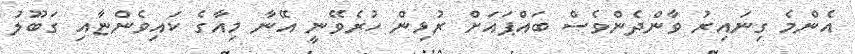
އެންމެ ގިނައިރު ވާންދެންވެސް ބައްޕައަށް ރުޅިން ހުރެވޭނީ އޭނާ މިއާގެ ކައިވެންޏާއި ގަބޫލު